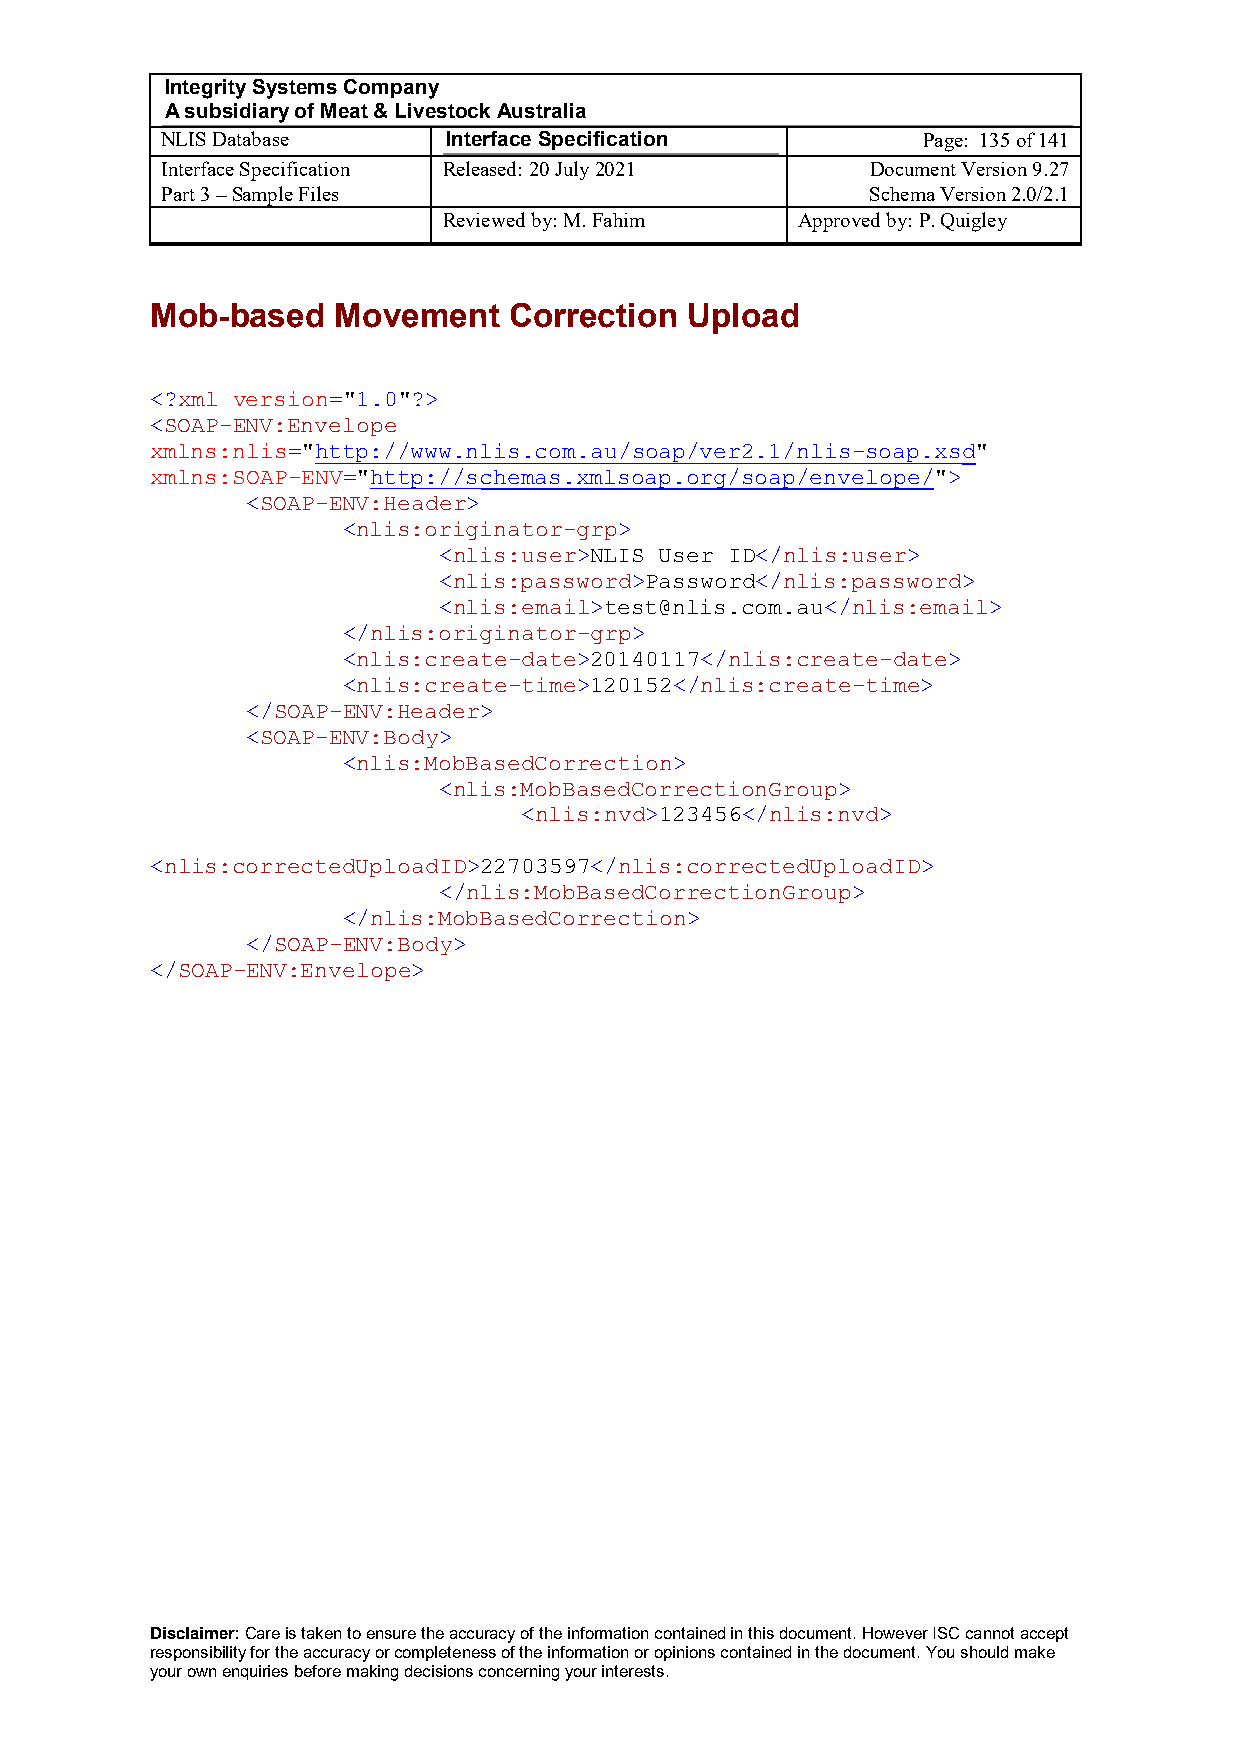
Integrity Systems Company
 A subsidiary of Meat & Livestock Australia
 NLIS Database      Interface Specification        Page: 135 of 141
 Interface Specification Released: 20 July 2021 Document Version 9.27
 Part 3 – Sample Files                          Schema Version 2.0/2.1
 Reviewed by: M. Fahim   Approved by: P. Quigley
 Mob-based   Movement    Correction Upload
 <?xml version="1.0"?>
 <SOAP-ENV:Envelope
 xmlns:nlis="http://www.nlis.com.au/soap/ver2.1/nlis-soap.xsd"
 xmlns:SOAP-ENV="http://schemas.xmlsoap.org/soap/envelope/">
 <SOAP-ENV:Header>
 <nlis:originator-grp>
 <nlis:user>NLIS User ID</nlis:user>
 <nlis:password>Password</nlis:password>
 <nlis:email>test@nlis.com.au</nlis:email>
 </nlis:originator-grp>
 <nlis:create-date>20140117</nlis:create-date>
 <nlis:create-time>120152</nlis:create-time>
 </SOAP-ENV:Header>
 <SOAP-ENV:Body>
 <nlis:MobBasedCorrection>
 <nlis:MobBasedCorrectionGroup>
 <nlis:nvd>123456</nlis:nvd>
 <nlis:correctedUploadID>22703597</nlis:correctedUploadID>
 </nlis:MobBasedCorrectionGroup>
 </nlis:MobBasedCorrection>
 </SOAP-ENV:Body>
 </SOAP-ENV:Envelope>
 Disclaimer: Care is taken to ensure the accuracy of the information contained in this document. However ISC cannot accept
 responsibility for the accuracy or completeness of the information or opinions contained in the document. You should make
 your own enquiries before making decisions concerning your interests.